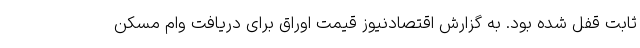
ثابت قفل شده بود. به گزارش اقتصادنیوز قیمت اوراق برای دریافت وام مسکن